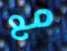
مع